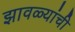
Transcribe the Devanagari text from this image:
झावळ्यांची